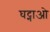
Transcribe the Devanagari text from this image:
घट्नाओ